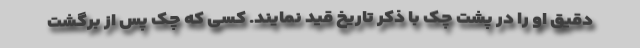
دقیق او را در پشت چک با ذکر تاریخ قید نمایند. کسی که چک پس از برگشت